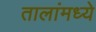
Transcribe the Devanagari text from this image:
तालांमध्ये